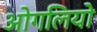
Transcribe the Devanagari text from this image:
ओगलियो